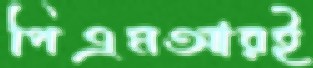
পিএমআরই